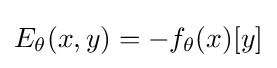
E_{\theta }(x,y)=-f_{\theta }(x)[y]